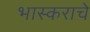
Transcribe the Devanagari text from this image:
भास्कराचे